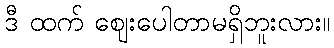
ဒီ ထက် ဈေးပေါတာမရှိဘူးလား။